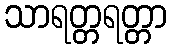
သာရတ္တရတ္တာ